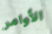
الأوامر